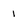
Character: i